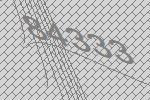
84333